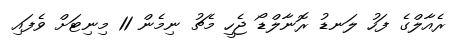
ރެއާލްގެ ފަހު ލަނޑު ރޮނާލްޑޯ ޖެހީ މެޗު ނިމެން 11 މިނިޓަށް ވެފައި